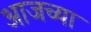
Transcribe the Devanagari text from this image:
अाजच्या